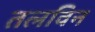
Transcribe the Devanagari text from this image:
तलविन